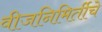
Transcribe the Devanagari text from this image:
वीजनिमिर्तीचे